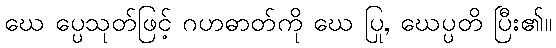
ဃေ ပ္ပေသုတ်ဖြင့် ဂဟဓာတ်ကို ဃေ ပြု, ဃေပ္ပတိ ပြီး၏။